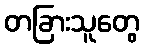
တခြားသူတွေ